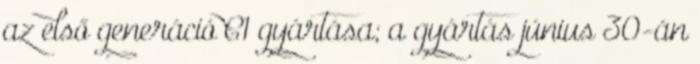
az első generáció C1 gyártása; a gyártás június 30-án